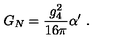
G _ { N } = \frac { g _ { 4 } ^ { 2 } } { 1 6 \pi } \alpha ^ { \prime } \ .